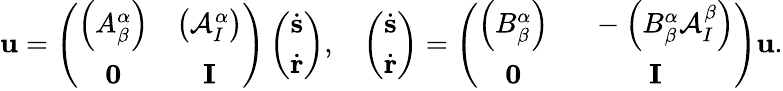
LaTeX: \mathbf{u}=\left(\begin{array}{cc}{\left(A_{\beta}^{\alpha}\right)}&{\left(\mathcal{A}_{I}^{\alpha}\right)}\\ {\mathbf{0}}&{\mathbf{I}}\end{array}\right)\left(\begin{array}{c}{\dot{\mathbf{s}}}\\ {\dot{\mathbf{r}}}\end{array}\right),\ \ \ \left(\begin{array}{c}{\dot{\mathbf{s}}}\\ {\dot{\mathbf{r}}}\end{array}\right)=\left(\begin{array}{cc}{\left(B_{\beta}^{\alpha}\right)}&{\ \ -\left(B_{\beta}^{\alpha}\mathcal{A}_{I}^{\beta}\right)}\\ {\mathbf{0}}&{\mathbf{I}}\end{array}\right)\mathbf{u}.